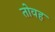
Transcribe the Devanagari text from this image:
तोवह